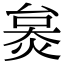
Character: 𤊜